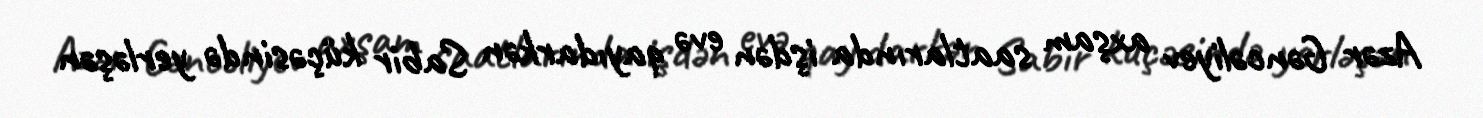
Azər Gəncəliyev axşam saatlarında işdən evə qayıdarkən Sabir küçəsində yerləşən